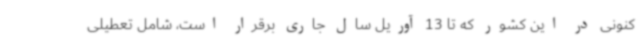
کنونی در این کشور که تا 13 آوریل سال جاری برقرار است، شامل تعطیلی